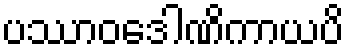
ပဿာဝဒေါဏိကာယပိ